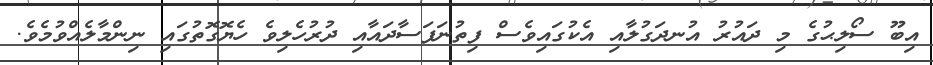
އިބޫ ސޯލިޙުގެ މި ދައުރު އުނދަގުލާއި އެކުގައިވެސް ފިތުނަފަސާދައާއި ދުރުހެލިވެ ހެޔޮގޮތުގައި ނިންމާލެއްވުމެވެ.